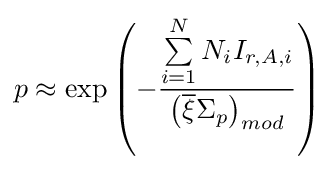
p\approx \exp \left(-{\frac {\sum \limits _{i=1}^{N}N_{i}I_{r,A,i}}{\left({\overline {\xi }}\Sigma _{p}\right)_{mod}}}\right)